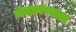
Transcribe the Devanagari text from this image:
मंदावण्यात